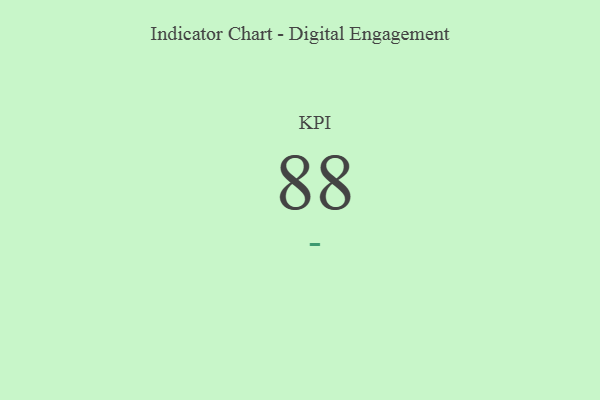
{"axis": {"x": "KPI", "y": "Value"}, "legend": [""], "data": [{"x": "KPI", "y": 88, "type": ""}]}